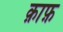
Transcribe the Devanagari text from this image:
क़ाफ़